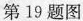
第19题图